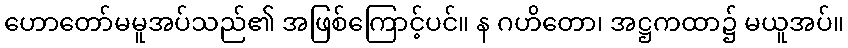
ဟောတော်မမူအပ်သည်၏ အဖြစ်ကြောင့်ပင်။ န ဂဟိတော၊ အဋ္ဌကထာ၌ မယူအပ်။